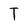
Character: T